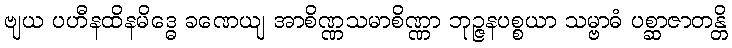
ဗျယ ပဟီနထိနမိဒ္ဓေ ခဏေယျ အာစိဏ္ဏသမာစိဏ္ဏာ ဘုဉ္ဇနပစ္စယာ သမ္ဗာဓံ ပစ္ဆာဇာတန္တိ